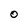
Character: 0